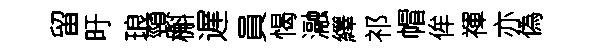
留旴琅頸槲遅員愒瀜繹祁帽侔禈亦偽